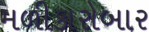
મળીકારોબાર